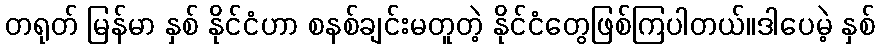
တရုတ် မြန်မာ နှစ် နိုင်ငံဟာ စနစ်ချင်းမတူတဲ့ နိုင်ငံတွေဖြစ်ကြပါတယ်။ဒါပေမဲ့ နှစ်